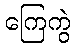
ကြေကွဲ